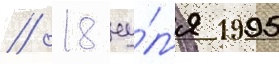
// 18 иу́л'я 1995